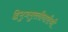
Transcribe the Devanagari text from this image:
द्विभुजमुरलीधारीश्री